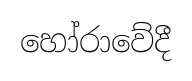
හෝරාවේදී